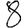
Digit: 8